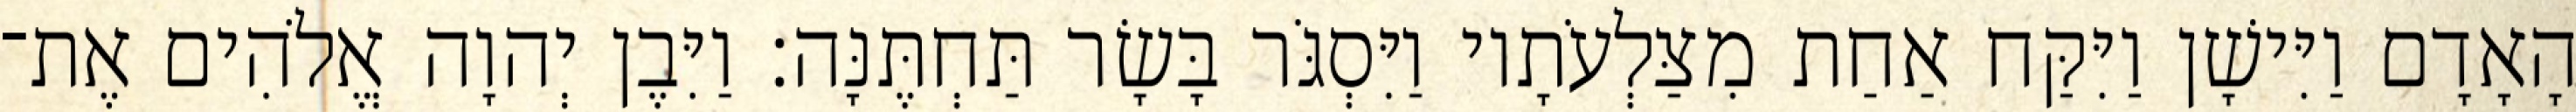
הָאָדָם וַיִּישָׁן וַיִּקַּח אַחַת מִצַּלְעֹתָיו וַיִּסְגֹּר בָּשָׂר תַּחְתֶּנָּה׃ וַיִּבֶן יְהוָה אֱלֹהִים אֶת־